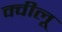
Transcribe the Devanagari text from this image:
क्वीलू